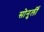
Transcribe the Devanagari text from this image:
सोनुर्ली